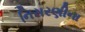
નિસરણીના